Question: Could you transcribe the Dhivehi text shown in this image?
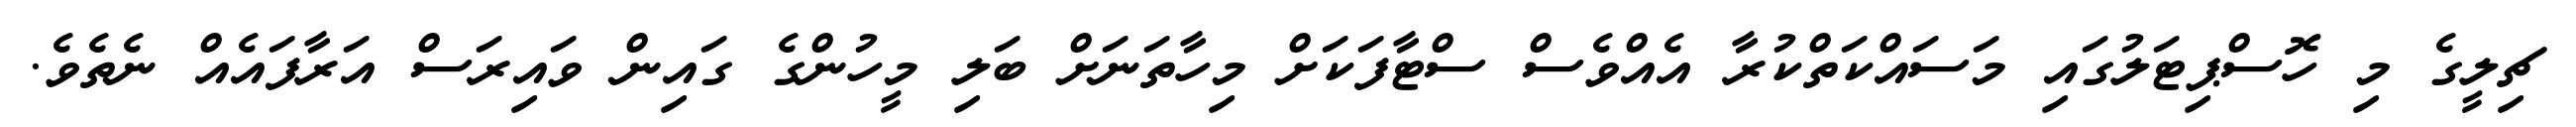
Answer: ޗިލީގެ މި ހޮސްޕިޓަލުގައި މަސައްކަތްކުރާ އެއްވެސް ސްޓާފަކަށް މިހާތަނަށް ބަލި މީހުންގެ ގައިން ވައިރަސް އަރާފައެއް ނެތެވެ.